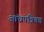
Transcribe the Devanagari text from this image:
आंध्रपत्रिका